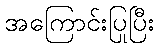
အကြောင်းပြုပြီး